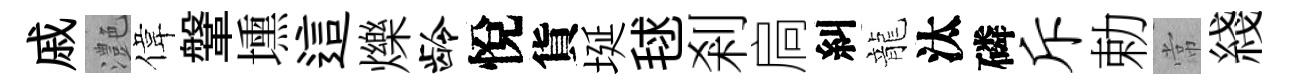
戚灔偉鞶壎這爍龄悅貨埏毬剎扃糾龍汰磷斥勅常綫